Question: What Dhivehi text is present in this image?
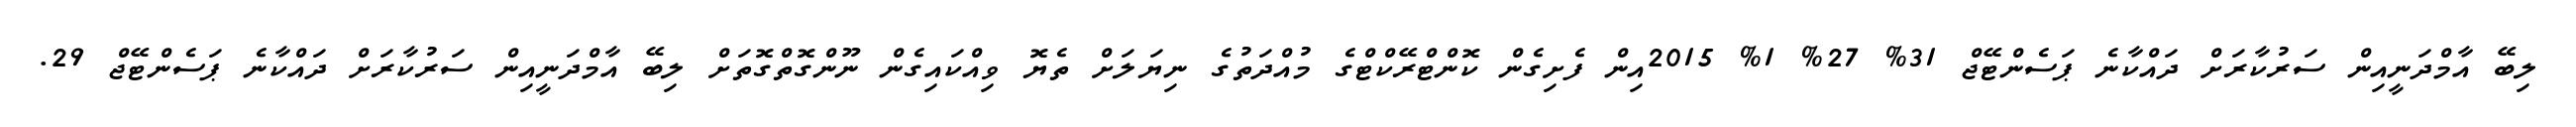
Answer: ލިބޭ އާމްދަނީއިން ސަރުކާރަށް ދައްކާނެ ޕަސެންޓޭޖް 31% 27% 1% 2015އިން ފެށިގެން ކޮންޓްރޭކްޓްގެ މުއްދަތުގެ ނިޔަލަށް ތެޔޮ ވިއްކައިގެން ނޫންގޮތްގޮތަށް ލިބޭ އާމްދަނީއިން ސަރުކާރަށް ދައްކާނެ ޕަސެންޓޭޖް 29.